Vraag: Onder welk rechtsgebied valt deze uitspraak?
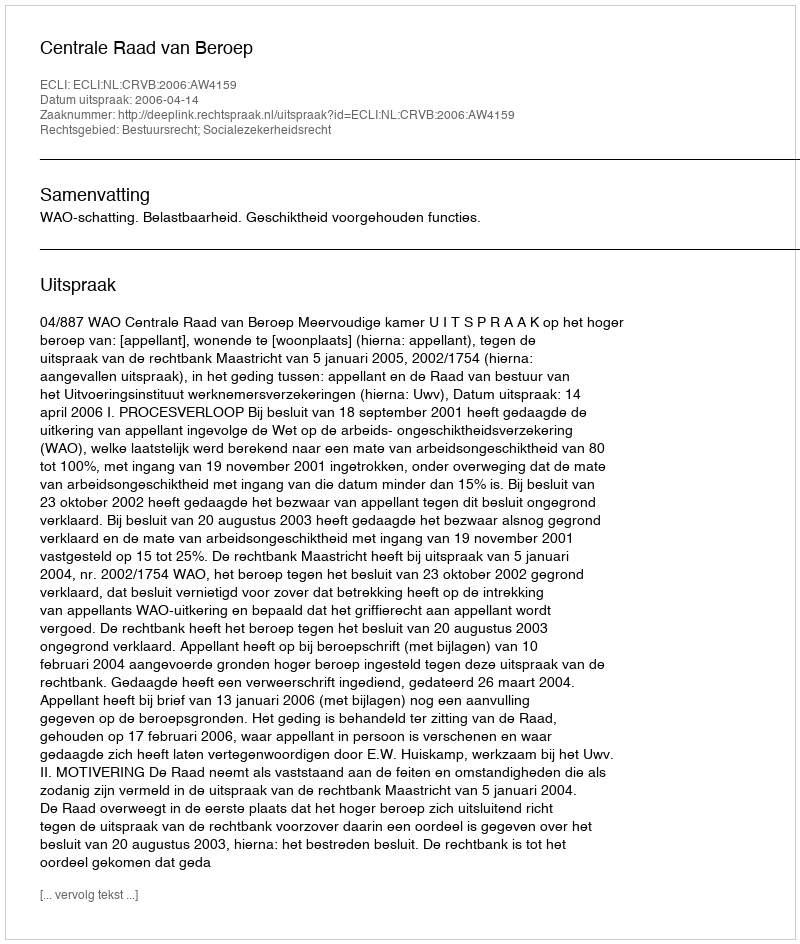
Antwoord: Bestuursrecht; Socialezekerheidsrecht